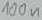
Text: 100n